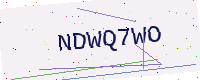
Text: NDWQ7WO